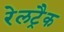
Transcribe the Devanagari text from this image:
रेलट्रैक